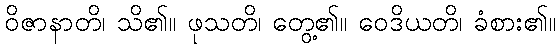
ဝိဇာနာတိ၊ သိ၏။ ဖုသတိ၊ တွေ့၏။ ဝေဒိယတိ၊ ခံစား၏။